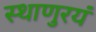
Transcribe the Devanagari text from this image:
स्थाणुरयं